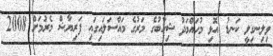
ވިލިނގިލީ ކަނޑު އޮޅި މުހައްމަދު ޝިހާބުގެ މަރުގެ މައްސަލައިގައި ފަރިޔާޝް މެރުމަށް 2008